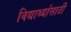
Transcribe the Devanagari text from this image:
विद्यार्थ्‍यांसाठी